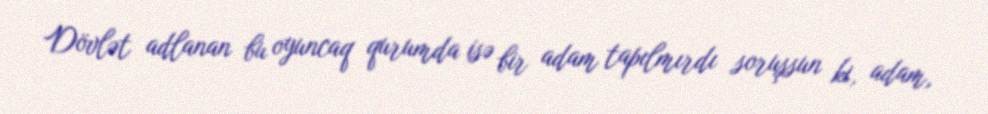
Dövlət adlanan bu oyuncaq qurumda isə bir adam tapılmırdı soruşsun ki, adam,